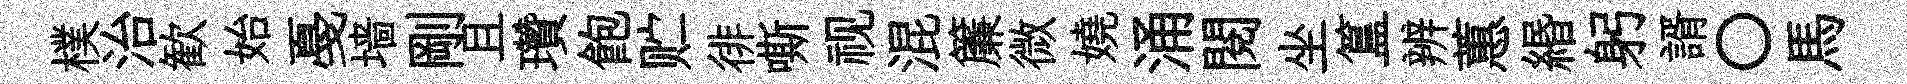
樸治歓始戞墙剛且瓚飽贮徘嘶视混簾微嬈涌閲坐簋辨蕙緡躬諝〇馬